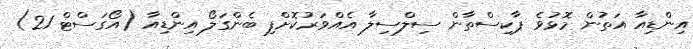
އިންޑިއާ އަތުން މޮޅުވެ ޕާކިސްތާން ސިލްސިލާ އެއްވަރުކޮށްފި ބެންގަލޯ އިންޑިއާ (އޯގަސްޓް 21)